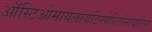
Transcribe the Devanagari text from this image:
ऑस्टिओमायेलायटिस्पेरिटोनायटिस्